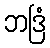
ဘဒြံ